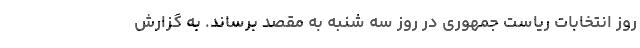
روز انتخابات ریاست جمهوری در روز سه شنبه به مقصد برساند. به گزارش